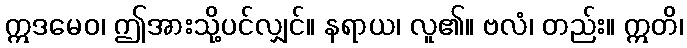
ဣဒမေဝ၊ ဤအားသို့ပင်လျှင်။ နရာယ၊ လူ၏။ ဗလံ၊ တည်း။ ဣတိ၊